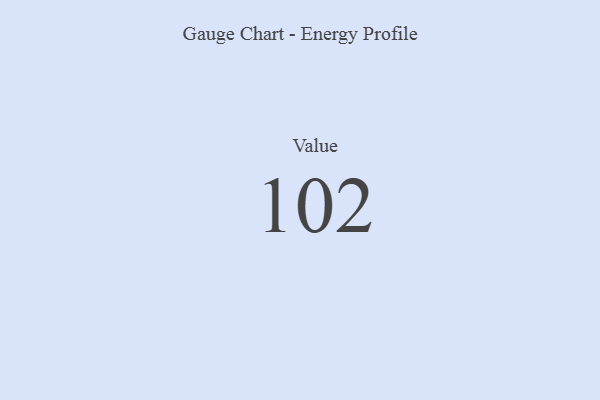
{"axis": {"x": "Metric", "y": "Value"}, "legend": [""], "data": [{"x": "Value", "y": 102, "type": ""}]}